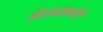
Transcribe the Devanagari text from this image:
झेन्ड्यापासून